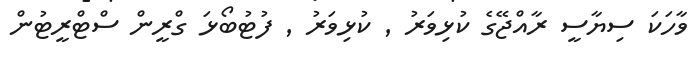
ވާހަކަ ސިޔާސީ ރާއްޖޭގެ ކުޅިވަރު